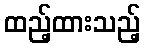
ထည့်ထားသည့်